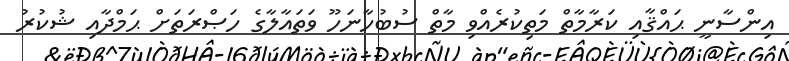
އިންސާނީ ޙައްޤާއި ކަރާމާތް މަތިކުރެއްވި މާތް ސުބުހާނަހޫ ވަތައާލާގެ ހަޞްރަތަށް ޙަމްދާއި ޝުކުރު